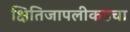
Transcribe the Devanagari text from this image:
क्षितिजापलीकडचा